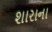
શારાના